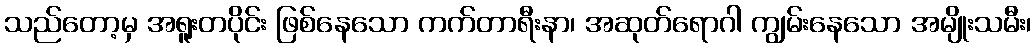
သည်တော့မှ အရူးတပိုင်း ဖြစ်နေသော ကက်တာရီးနာ၊ အဆုတ်ရောဂါ ကျွမ်းနေသော အမျိုးသမီး၊